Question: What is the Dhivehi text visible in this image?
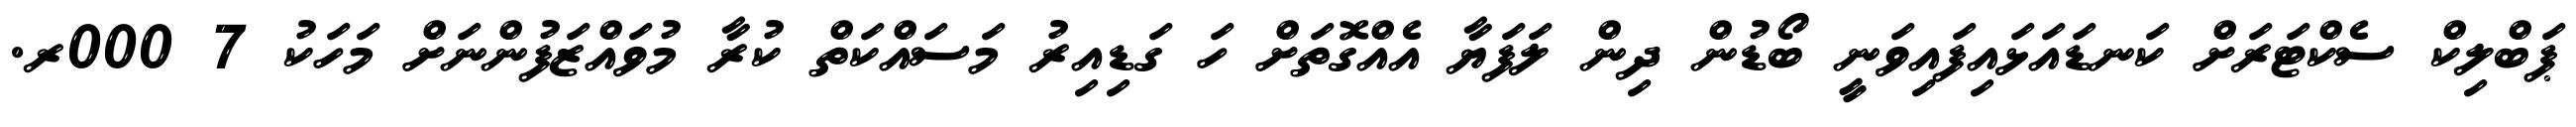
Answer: ޕަބްލިކް ސެކްޓަރަށް ކަނޑައަޅައިފައިވަނީ ބޯޑުން ދިން ލަފަޔާ އެއްގޮތަށް ހަ ގަޑިއިރު މަސައްކަތް ކުރާ މުވައްޒަފުންނަށް މަހަކު 7 000ރ.